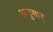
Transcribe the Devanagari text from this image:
अनुसार्